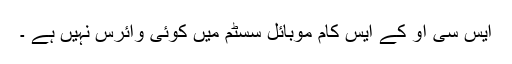
ایس سی او کے ایس کام موبائل سسٹم میں کوئی وائرس نہیں ہے ۔